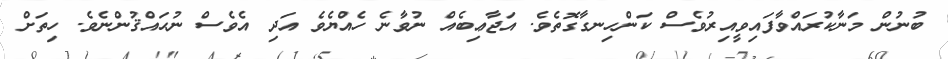
ބުނުން މަނާކުރައްވާފައިވީއިރުވެސް ކަންހިނގާގޮތެވެ. އަޖާޢިބެއް ނުވާނެ ހެއްޔެވެ އަދި އެވެސް ނުޙައްޤުންނެވެ. ހިތަށް